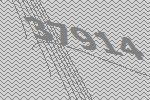
37914